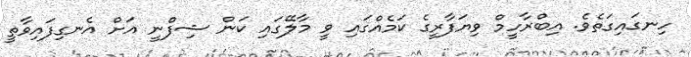
ހިނގައިގަތެވެ. އިބްރާހީމް ވިޔަފާރީގެ ކަމެއްގައި ވީ މާލޭގައި ކަން ޝިފްނީ އަށް އެނގިފައިވާތީ